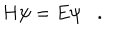
LaTeX: H \psi = E \psi \, \, \, \, \, .